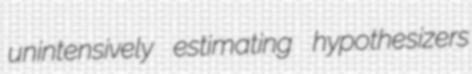
unintensively estimating hypothesizers